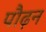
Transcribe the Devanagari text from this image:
पौढ़न